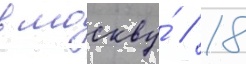
в москву́ // 18